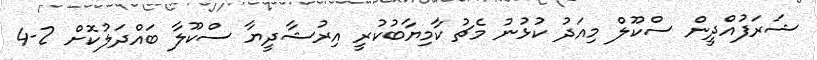
ޝަރަފުއްދީން ސްކޫލް މިއަދު ކުޅުނު މެޗު ކާމިޔާބުކުރީ އިރުޝާދީޔާ ސްކޫލާ ބައްދަލުކޮށް 2-4